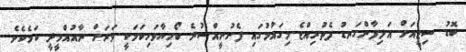
ބޮޑު ސިޓީއަށް އަލިފާންގަނޑު ފެތުރިއްޖެ މިގައުމުގައި ފެށުނީއްސުރެ ބޯހިޔާވަހިކަމަކީ ވަރަށް ނާއުއްމީދީ ކަމެކެވެ.